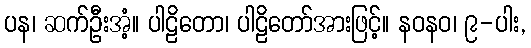
ပန၊ ဆက်ဦးအံ့။ ပါဠိတော၊ ပါဠိတော်အားဖြင့်။ နဝနဝ၊ ၉-ပါး,